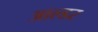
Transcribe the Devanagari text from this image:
आल्डर